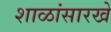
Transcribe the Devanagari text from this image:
शाळांसारखे